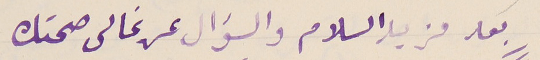
بعد مزيد السلام والسؤال عن غالى صحتك